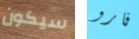
سيكون فارو